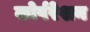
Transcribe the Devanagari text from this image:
कोर्परेशन